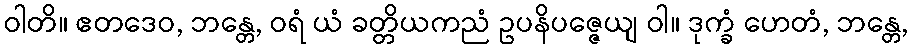
ဝါတိ။ ဧတဒေဝ, ဘန္တေ, ဝရံ ယံ ခတ္တိယကညံ ဥပနိပဇ္ဇေယျ ဝါ။ ဒုက္ခံ ဟေတံ, ဘန္တေ,